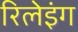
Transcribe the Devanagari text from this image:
रिलेइंग